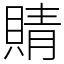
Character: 䝼